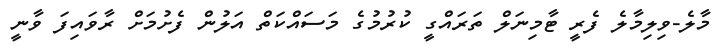
މާލެ-ވިލިމާލެ ފެރީ ޓާމިނަލް ތަރައްގީ ކުރުމުގެ މަސައްކަތް އަލުން ފެށުމަށް ރާވައިފަ ވާނީ